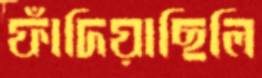
ফাঁদিয়াছিলি